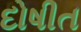
દોષીત